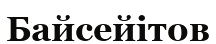
Байсейітов